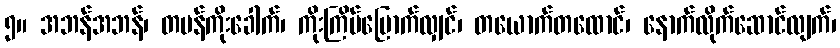
၅။ အဘန်အဘန်၊ တမန်ကိုးခေါက်၊ ကိုးကြိမ်မြောက်လျှင်၊ တယောက်တထောင်၊ နောက်လိုက်ဆောင်လျက်၊